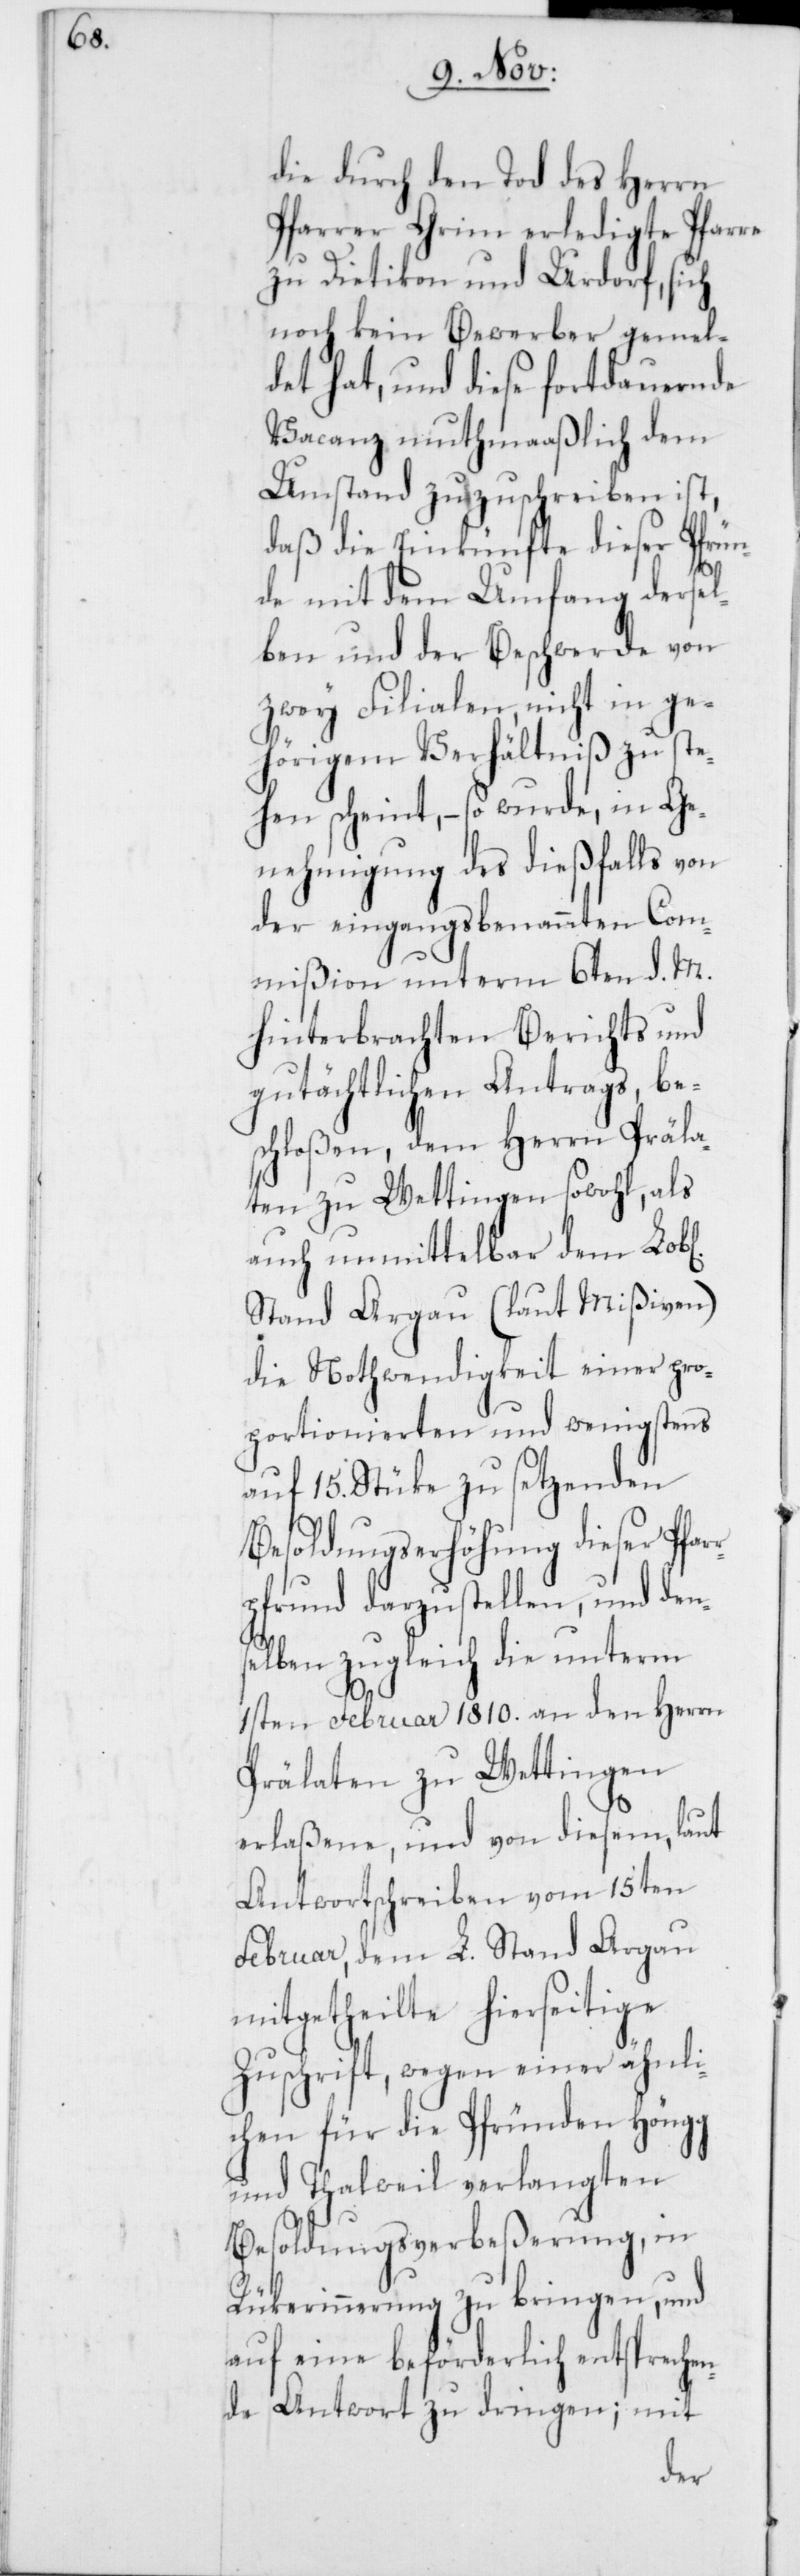
die durch den Tod des Herrn
Pfarrer Grim erledigte Pfarre
zu Dietikon und Urdorf, sich
noch kein Bewerber gemel¬
det hat, und diese fortdauernde
Vacanz muthmaaßlich dem
Umstand zuzuschreiben ist,
daß die Einkünfte dieser Pfrün¬
de mit dem Umfang dersel¬
ben und der Beschwerde von
zwey Filialen, nicht in ge¬
hörigem Verhältniß zu ste¬
hen scheint, – so wurde, in Ge¬
nehmigung des dießfalls von
der eingangs benannten Com¬
mißion unterm 6ten d. M.
hinterbrachten Berichts und
gutächtlichen Antrags, be¬
schloßen, dem Herrn Präla¬
ten zu Wettingen sowohl, als
auch unmittelbar dem
Stand Argau (laut Mißiven)
die Nothwendigkeit einer pro¬
portionierten und wenigstens
auf 15. Stüke zu setzenden
Besoldungserhöhung dieser Pfar¬
rpfrund darzustellen, und den¬
selben zugleich die unterm
1sten Februar 1810. an den Herrn
Prälaten zu Wettingen
erlaßene, und von diesem, laut
Antwortschreiben vom 15ten
Februar, dem L. Stand Argau
mitgetheilte hierseitige
Zuschrift, wegen einer ähnli¬
chen für die Pfründen Höngg
und Thalweil verlangten
Besoldungsverbeßerung, in
Rükerinnerung zu bringen, und
auf eine beförderlich entspreche¬
nde Antwort zu dringen; mit